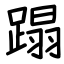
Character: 蹋